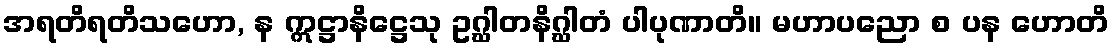
အရတိရတိသဟော, န ဣဋ္ဌာနိဋ္ဌေသု ဥဂ္ဃါတနိဂ္ဃါတံ ပါပုဏာတိ။ မဟာပညော စ ပန ဟောတိ